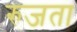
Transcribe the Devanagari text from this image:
रुजता